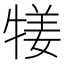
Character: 𤚖